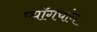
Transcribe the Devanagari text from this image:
प्याँगचांग